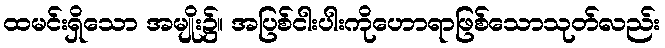
ထမင်းရှိသော အမျိုး၌။ အပြစ်ငါးပါးကိုဟောရာဖြစ်သောသုတ်လည်း